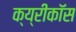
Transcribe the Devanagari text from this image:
क्य्रीकॉस